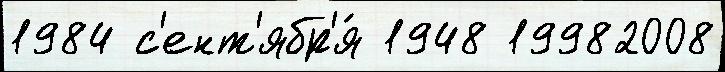
1984 с'ент'ябр'я́ 1948 19982008